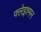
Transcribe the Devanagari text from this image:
फ्लेइश्मन